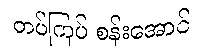
တပ်ကြပ် စန်းအောင်